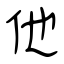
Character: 他